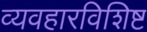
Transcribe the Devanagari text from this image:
व्यवहारविशिष्ट